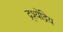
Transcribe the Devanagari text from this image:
द्र्श्येंद्रिय